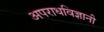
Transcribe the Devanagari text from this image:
अपराधविज्ञानी